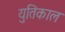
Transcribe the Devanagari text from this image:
युतिकाल